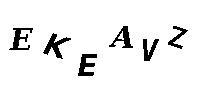
EKEAVZ